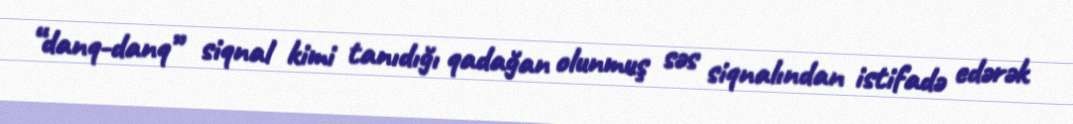
“danq-danq” siqnal kimi tanıdığı qadağan olunmuş səs siqnalından istifadə edərək